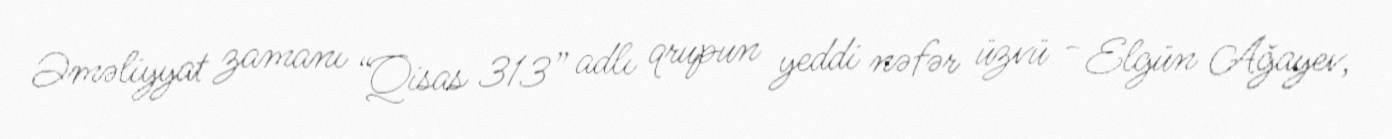
Əməliyyat zamanı “Qisas 313” adlı qrupun yeddi nəfər üzvü - Elgün Ağayev,